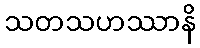
သတသဟဿာနိ